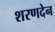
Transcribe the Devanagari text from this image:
शरणदेन